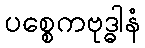
ပစ္စေကဗုဒ္ဓါနံ